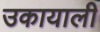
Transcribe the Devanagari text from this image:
उकायाली